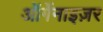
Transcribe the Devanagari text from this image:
ऑर्गेनाइज़र